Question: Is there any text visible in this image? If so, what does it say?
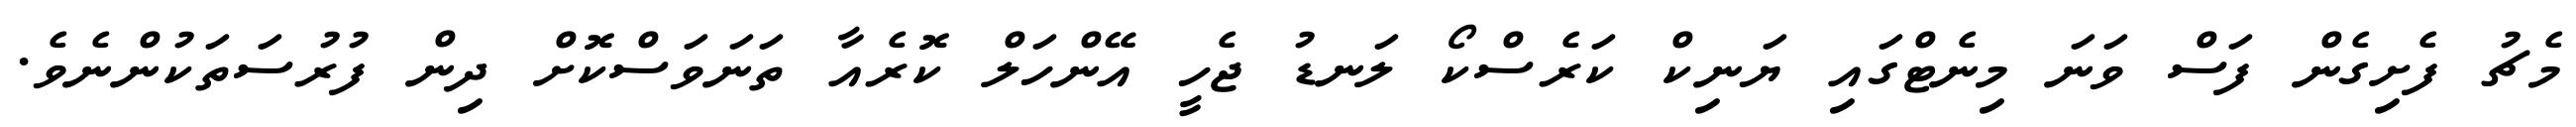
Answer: މެޗު ފެށިގެން ފަސް ވަނަ މިނެޓްގައި ޔަނިކް ކަރެސްކޯ ލަނޑު ޖެހީ އޭންހަލް ކޮރެއާ ތަނަވަސްކޮށް ދިން ފުރުސަތަކުންނެވެ.